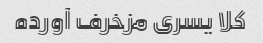
کلا یسری مزخرف آورده